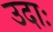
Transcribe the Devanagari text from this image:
उदाः